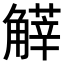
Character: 𧤱